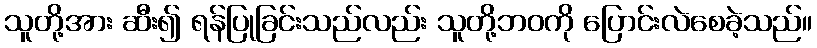
သူတို့အား ဆီး၍ ရန်ပြုခြင်းသည်လည်း သူတို့ဘဝကို ပြောင်းလဲစေခဲ့သည်။